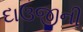
દાઉજીની